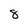
Character: 8